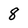
Character: 8